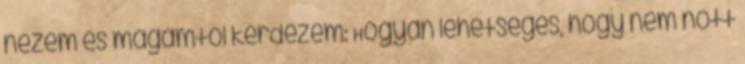
nézem és magamtól kérdezem: Hogyan lehetséges, hogy nem nőtt